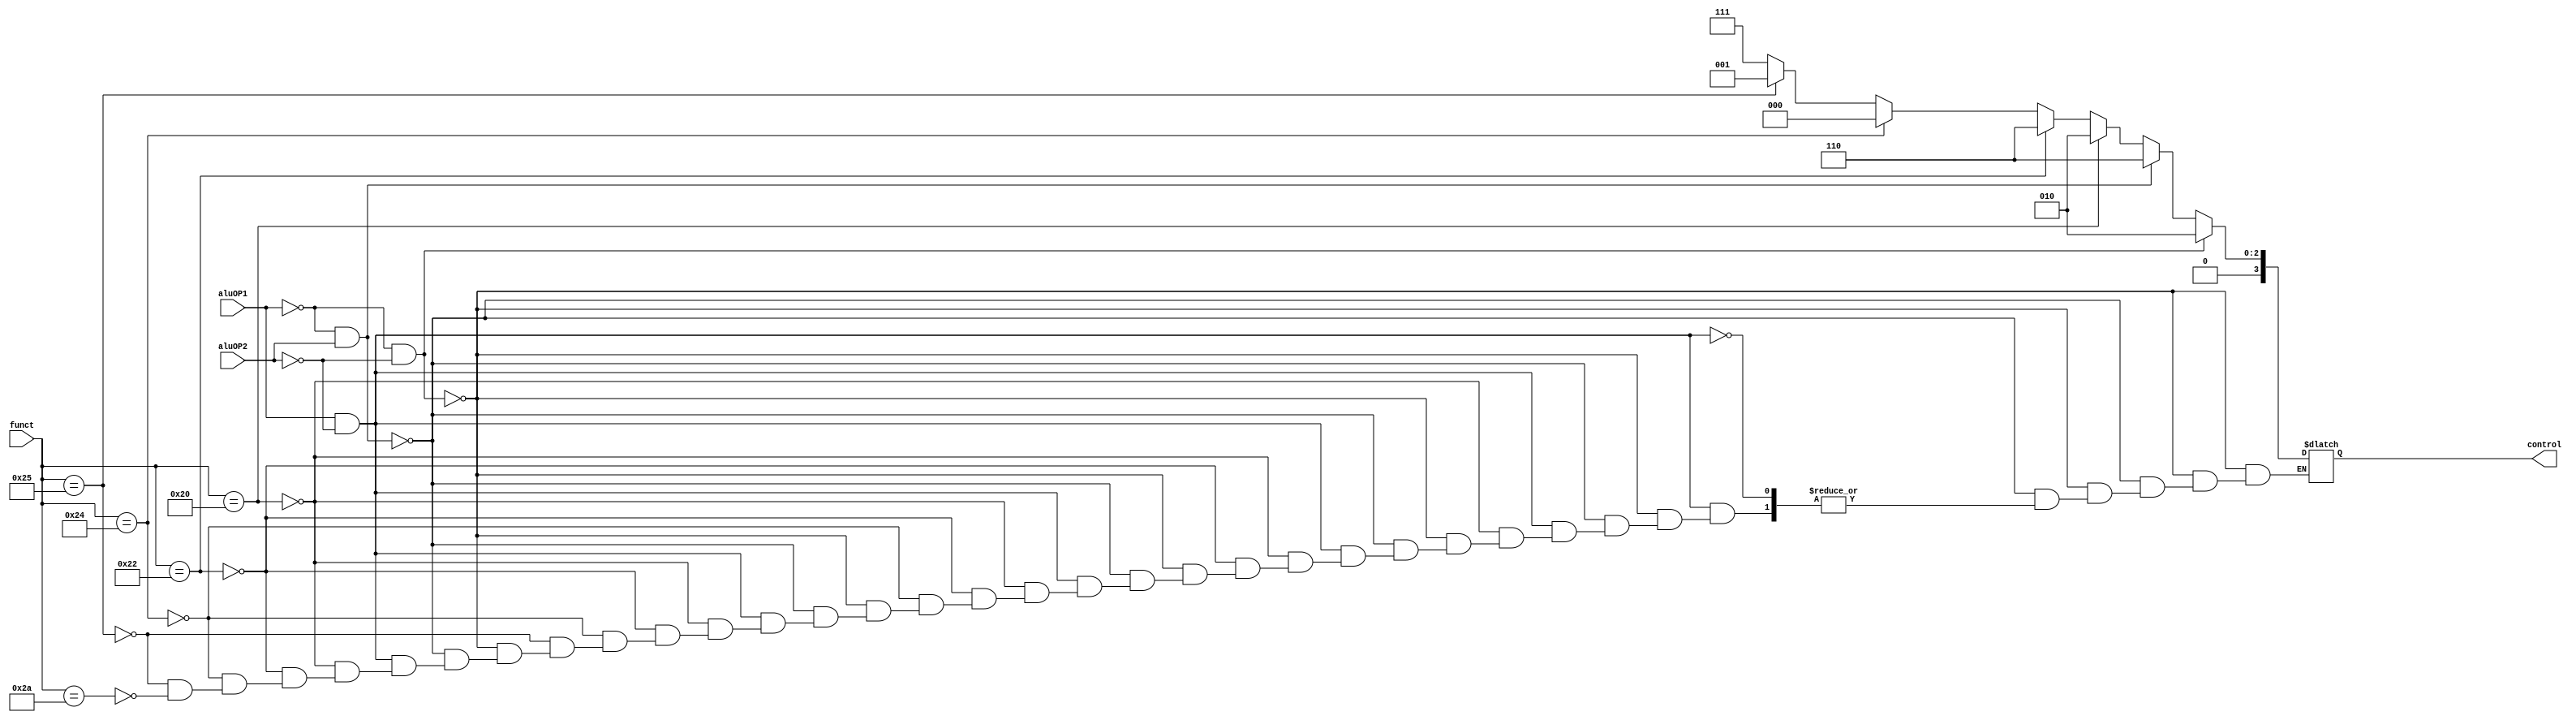
`timescale 1ns / 1ps
//////////////////////////////////////////////////////////////////////////////////
// Company: 
// Engineer: 
// 
// Design Name: 
// Module Name:    alucontrol 
// Project Name: 
// Target Devices: 
// Tool versions: 
// Description: 
//
// Dependencies: 
//
// Revision: 
// Revision 0.01 - File Created
// Additional Comments: 
//
//////////////////////////////////////////////////////////////////////////////////
module alucontrol(aluOP1, aluOP2, funct, control);

  input [5:0]funct;
  input aluOP1;
  input aluOP2;

  output reg [3:0]control;
  
  parameter aluopLWSW= 2'b00;
  parameter aluopBeq = 2'b01;
  parameter aluopR   = 2'b10;
  //parameter aluopJ   = 2'b00;

  always @(*)
  begin
    //LW e SW
    if((aluopLWSW[0] == aluOP1) && (aluopLWSW[1] == aluOP2))
        control = 4'b0010;

      //BEQ e BNE ?????????????w
      else if((aluopBeq[1] == aluOP1) && (aluopBeq[0] == aluOP2))
        control = 4'b0110;
    
    //R
      else if((aluopR[1] == aluOP1) && (aluopR[0] == aluOP2))
        if(funct == 6'b100000) //add
          control = 4'b0010;
          
          else if(funct == 6'b100010)//sub 
            control = 4'b0110;

            else if(funct == 6'b100100)//AND
              control = 4'b0000;

              else if(funct == 6'b100101)//OR
                control = 4'b0001;

              else if(funct == 6'b101010)//SLT
                control = 4'b0111;
  end    
  
endmodule